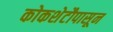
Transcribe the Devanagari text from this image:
कोकशेटौपासून